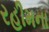
રહીમના